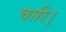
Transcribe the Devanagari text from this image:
चारि।